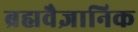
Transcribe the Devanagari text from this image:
ब्रह्मवैज्ञानिक